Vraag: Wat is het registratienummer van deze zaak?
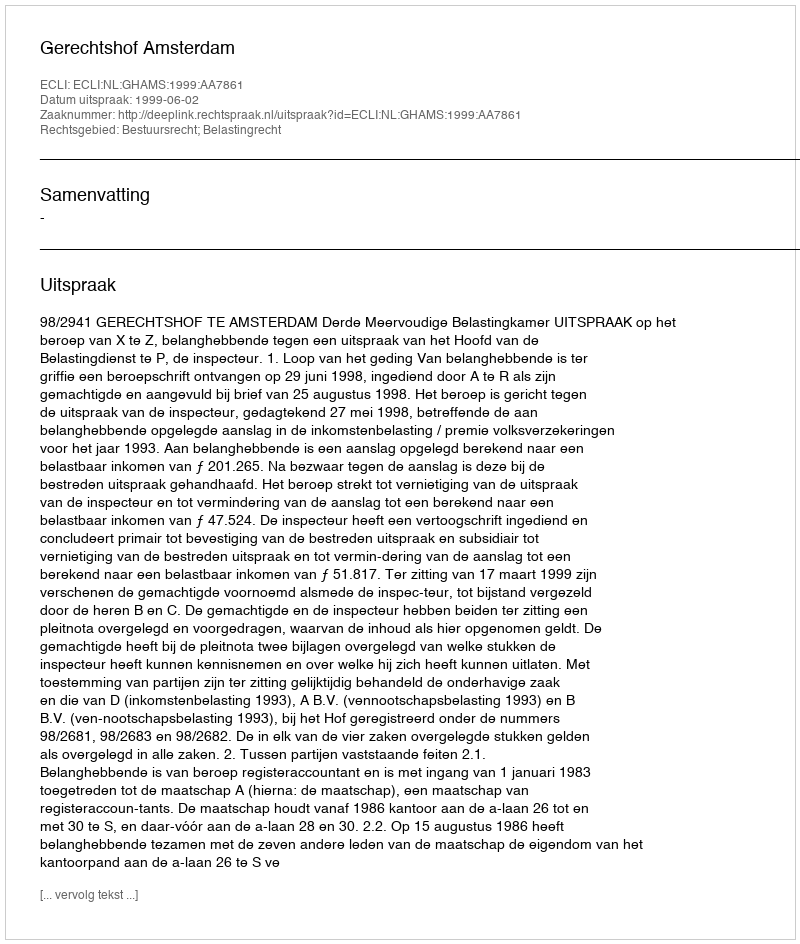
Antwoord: http://deeplink.rechtspraak.nl/uitspraak?id=ECLI:NL:GHAMS:1999:AA7861